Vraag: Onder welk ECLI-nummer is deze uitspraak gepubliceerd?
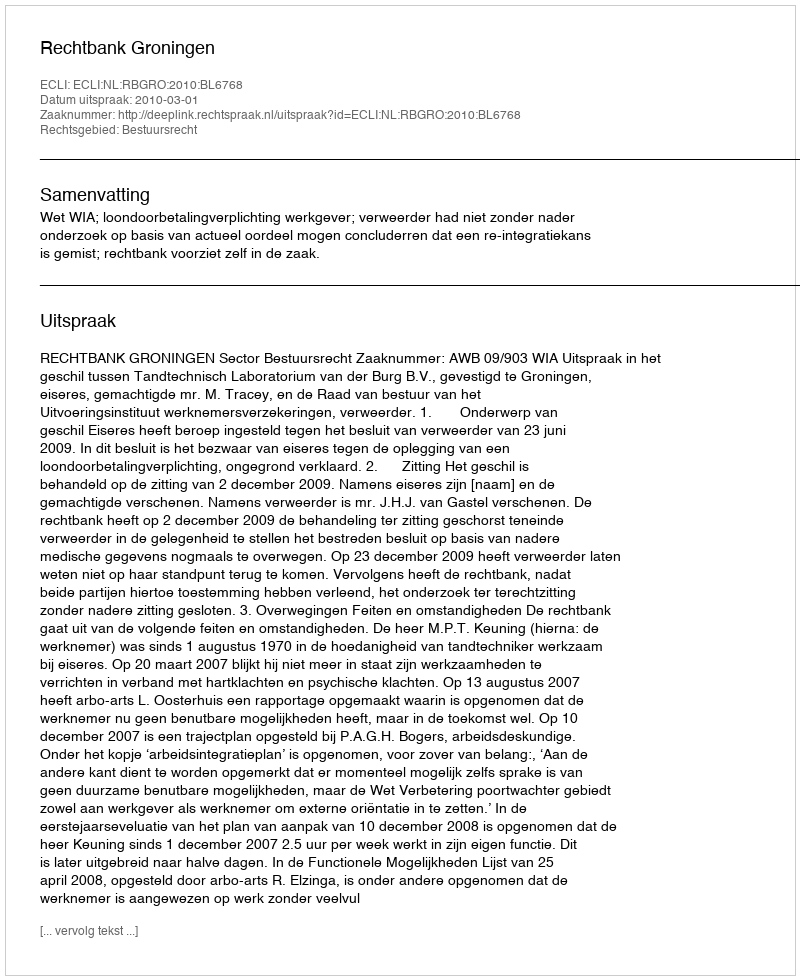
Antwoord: ECLI:NL:RBGRO:2010:BL6768